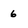
Character: 6